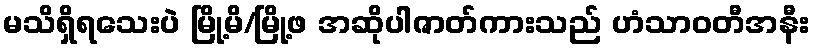
မသိရှိရသေးပဲ မြို့မိ/မြို့ဖ အဆိုပါဇာတ်ကားသည် ဟံသာဝတီအနီး